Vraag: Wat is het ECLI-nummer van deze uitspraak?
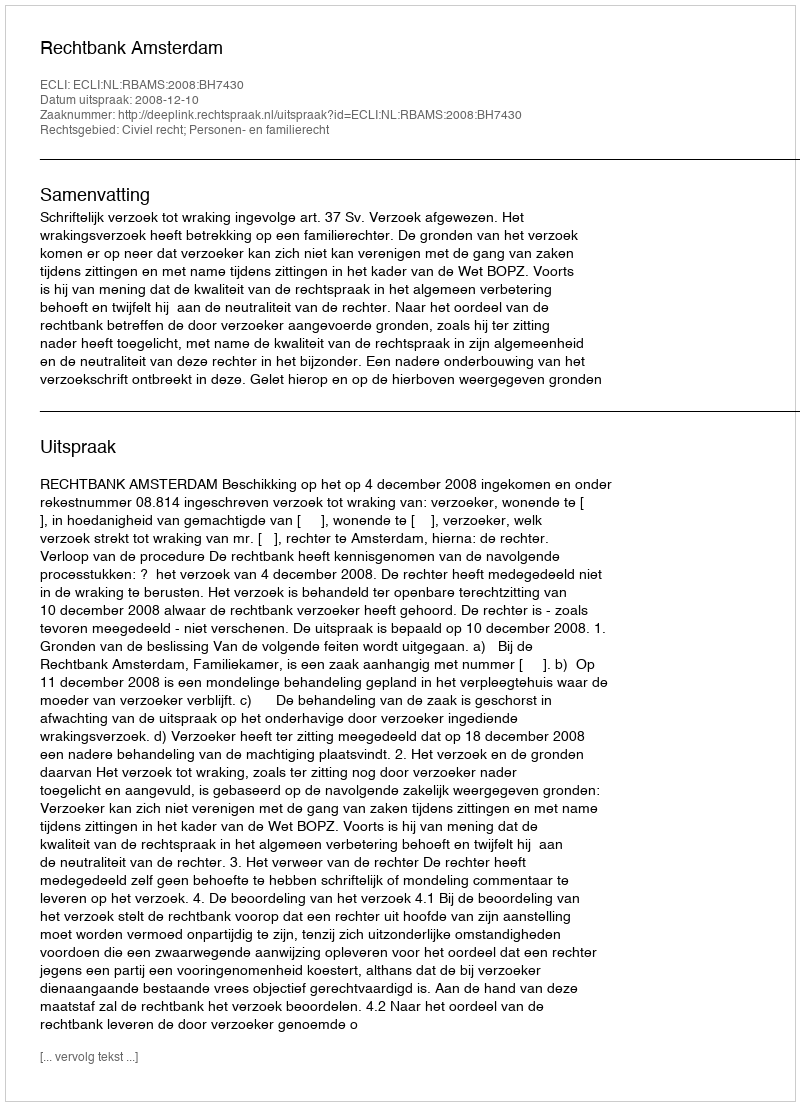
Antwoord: ECLI:NL:RBAMS:2008:BH7430